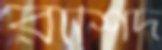
রাশিদ